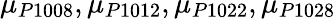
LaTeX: \mu_{P1008},\mu_{P1012},\mu_{P1022},\mu_{P1028}